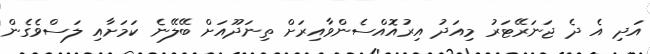
އަދި އެ ދެ ޖަނަރޭޓަރު މިއަދު އިރުއޮއްސެންވާއިރަށް ތިނަދޫއަށް ބޭލޭނެ ކަމަށާއި ލަސްވެގެން